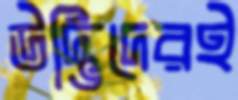
উদ্ভিদেরই